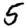
Digit: 5